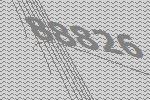
88826